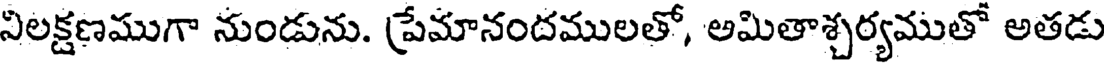
నిలక్షణముగా నుండును. ప్రేమానందములతో, అమితాశ్చర్యముతో అతడు